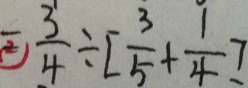
= \frac { 3 } { 4 } \div [ \frac { 3 } { 5 } + \frac { 1 } { 4 } ]